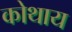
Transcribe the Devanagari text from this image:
कोथाय